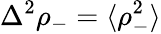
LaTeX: \Delta^{2}\rho_{-}=\langle\rho_{-}^{2}\rangle